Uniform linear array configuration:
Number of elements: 64
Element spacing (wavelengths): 0.75
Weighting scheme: binomial
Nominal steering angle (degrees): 0
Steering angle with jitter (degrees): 0.1905
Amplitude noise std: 0.05
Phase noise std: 0.05

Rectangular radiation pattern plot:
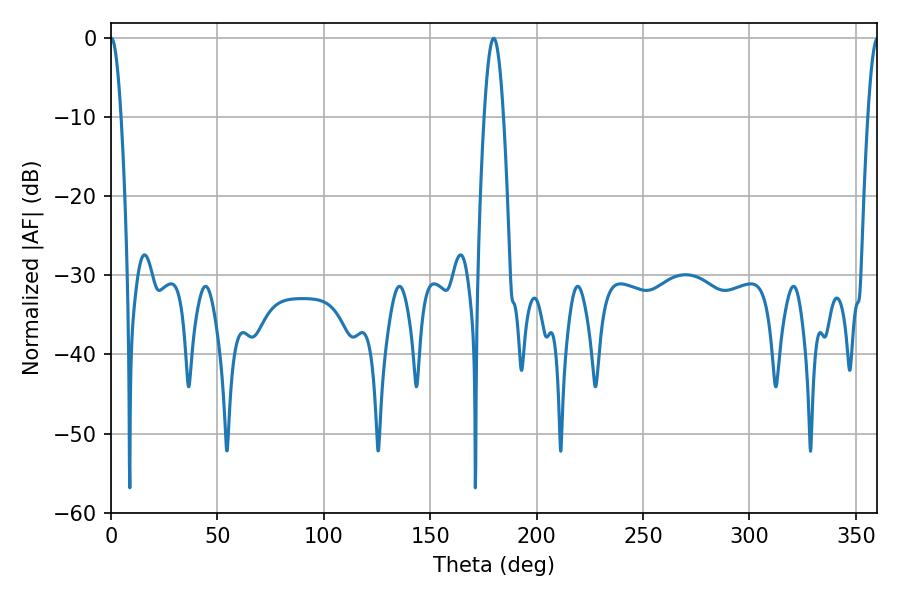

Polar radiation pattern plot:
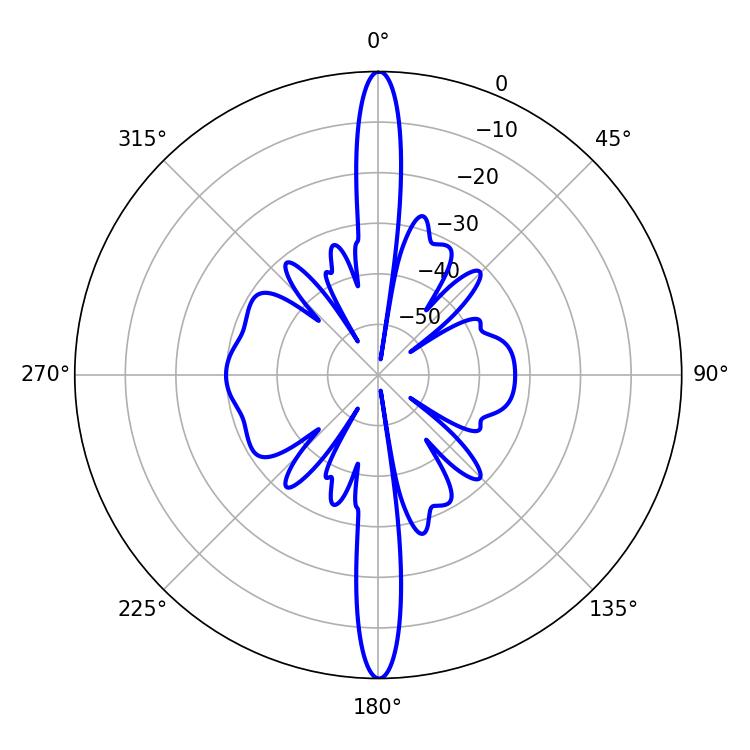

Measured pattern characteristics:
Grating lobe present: TRUE
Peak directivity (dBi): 42.596
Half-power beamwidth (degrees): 2.52
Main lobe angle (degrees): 0.18